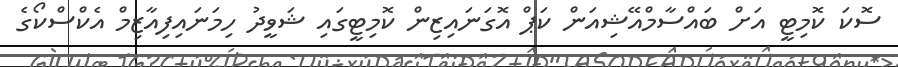
ސޮކަ ކޮމިޓީ އަށް ބައްސާމްއޭޝިއަން ކަޕް އޮގަނައިޒިން ކޮމިޓީގައި ޝަވީދު ހިމަނައިފިއާޒިމް އެކްސްކޯގެ